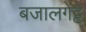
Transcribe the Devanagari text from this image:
बजालगेट्टे